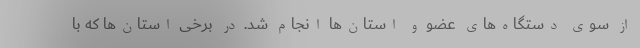
از سوی دستگاه‌های عضو و استان‌ها انجام شد. در برخی استان‌ها که با